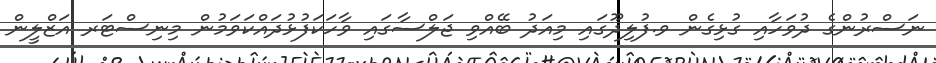
ނަސްރުންގެ ދުވަހާއި ގުޅިގެން ވ.ފުލިދޫގައި މިއަދު ބޭއްވި ޖަލްސާގައި ވާހަކަފުޅުދައްކަވަމުން މިނިސްޓަރ އަޒްލީން